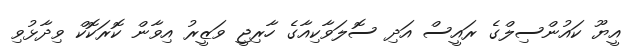
އީޔޫ ކައުންސިލްގެ ރައީސް އަދި ސޮލަވާކިއާގެ ހާރިޖީ ވަޒީރު އިވާން ކޮރަކޮކް ވިދާޅުވި